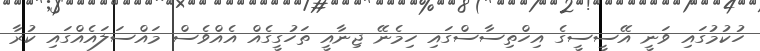
ހުކުމުގައި ވަނީ އޭސީސީގެ އިހްތިސާސްގައި ހިމެނޭ ޖިނާއީ ތަހުގީގެއް އެއްވެސް މައްސަލައެއްގައި ކުރާ